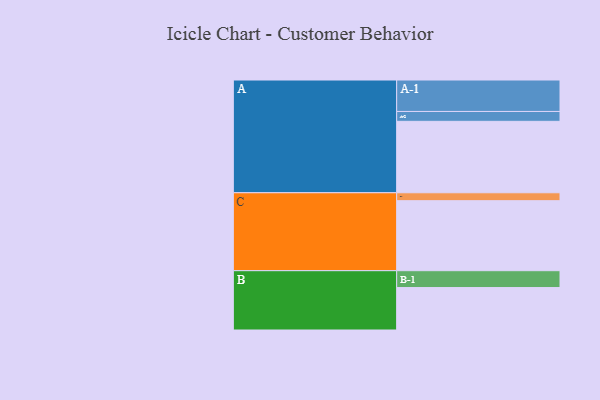
{"axis": {"x": "Segment", "y": "Value"}, "legend": ["", "A", "B", "C"], "data": [{"x": "A", "y": 513, "type": ""}, {"x": "B", "y": 305, "type": ""}, {"x": "C", "y": 503, "type": ""}, {"x": "A-1", "y": 226, "type": "A"}, {"x": "A-2", "y": 71, "type": "A"}, {"x": "B-1", "y": 121, "type": "B"}, {"x": "C-1", "y": 57, "type": "C"}]}